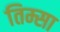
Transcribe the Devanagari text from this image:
तिम्सा